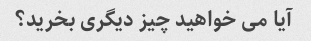
آیا می خواهید چیز دیگری بخرید؟